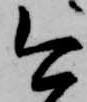
今